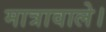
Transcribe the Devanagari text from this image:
मात्रावाले।